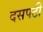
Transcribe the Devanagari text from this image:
दसपटी